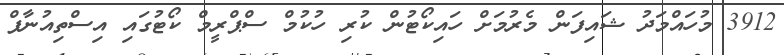
3912 މުހައްމަދު ޝައިފަން މެރުމަށް ހައިކޯޓުން ކުރި ހުކުމް ސްޕްރީމް ކޯޓުގައި އިސްތިއުނާފް